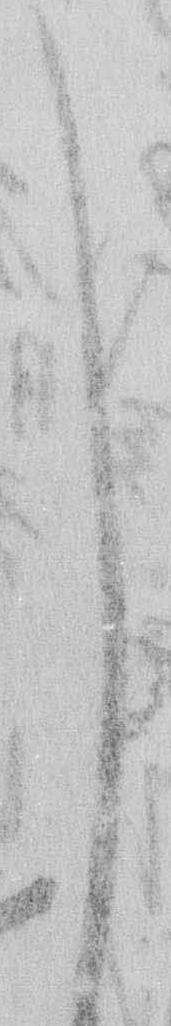
し